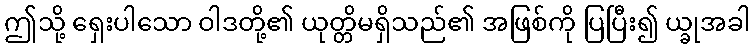
ဤသို့ ရှေးပါသော ဝါဒတို့၏ ယုတ္တိမရှိသည်၏ အဖြစ်ကို ပြပြီး၍ ယ္ခုအခါ